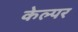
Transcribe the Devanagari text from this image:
केल्पर